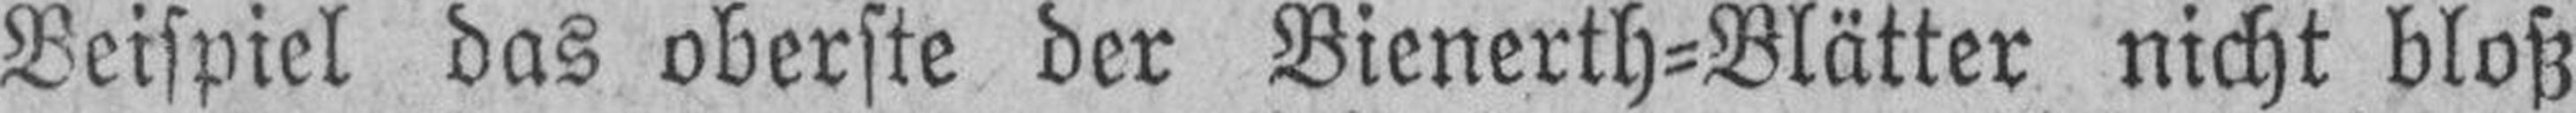
Beispiel das oberste der Bienerth-Blätter nicht bloß